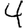
Digit: 4